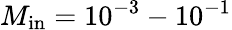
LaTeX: M_{\mathrm{{in}}}=10^{-3}-10^{-1}